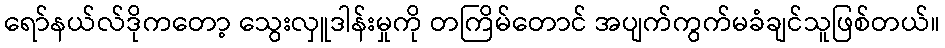
ရော်နယ်လ်ဒိုကတော့ သွေးလှူဒါန်းမှုကို တကြိမ်တောင် အပျက်ကွက်မခံချင်သူဖြစ်တယ်။